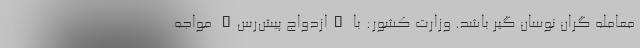
معامله گران نوسان گیر باشد. وزارت کشور: با "ازدواجِ پیش‌رس" مواجه